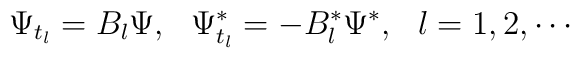
\Psi_{t_l}= B_l \Psi,  \ \  \Psi^*_{t_l}= -B_l^* \Psi^* ,\ \ l=1,2,\cdots